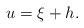
LaTeX: \begin{align*}u=\xi +h.\end{align*}